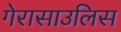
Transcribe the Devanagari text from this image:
गेरासाउलिस